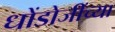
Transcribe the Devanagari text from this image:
धोंडोजींच्या